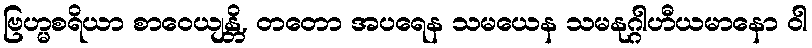
ဗြဟ္မစရိယာ စာဝေယျန္တိ, တတော အပရေန သမယေန သမနုဂ္ဂါဟီယမာနော ဝါ